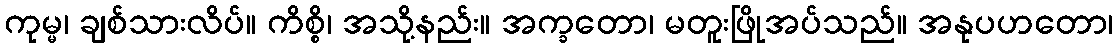
ကုမ္မ၊ ချစ်သားလိပ်။ ကိစ္စိ၊ အသို့နည်း။ အက္ခတော၊ မတူးဖြိုအပ်သည်။ အနုပဟတော၊